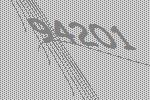
94201